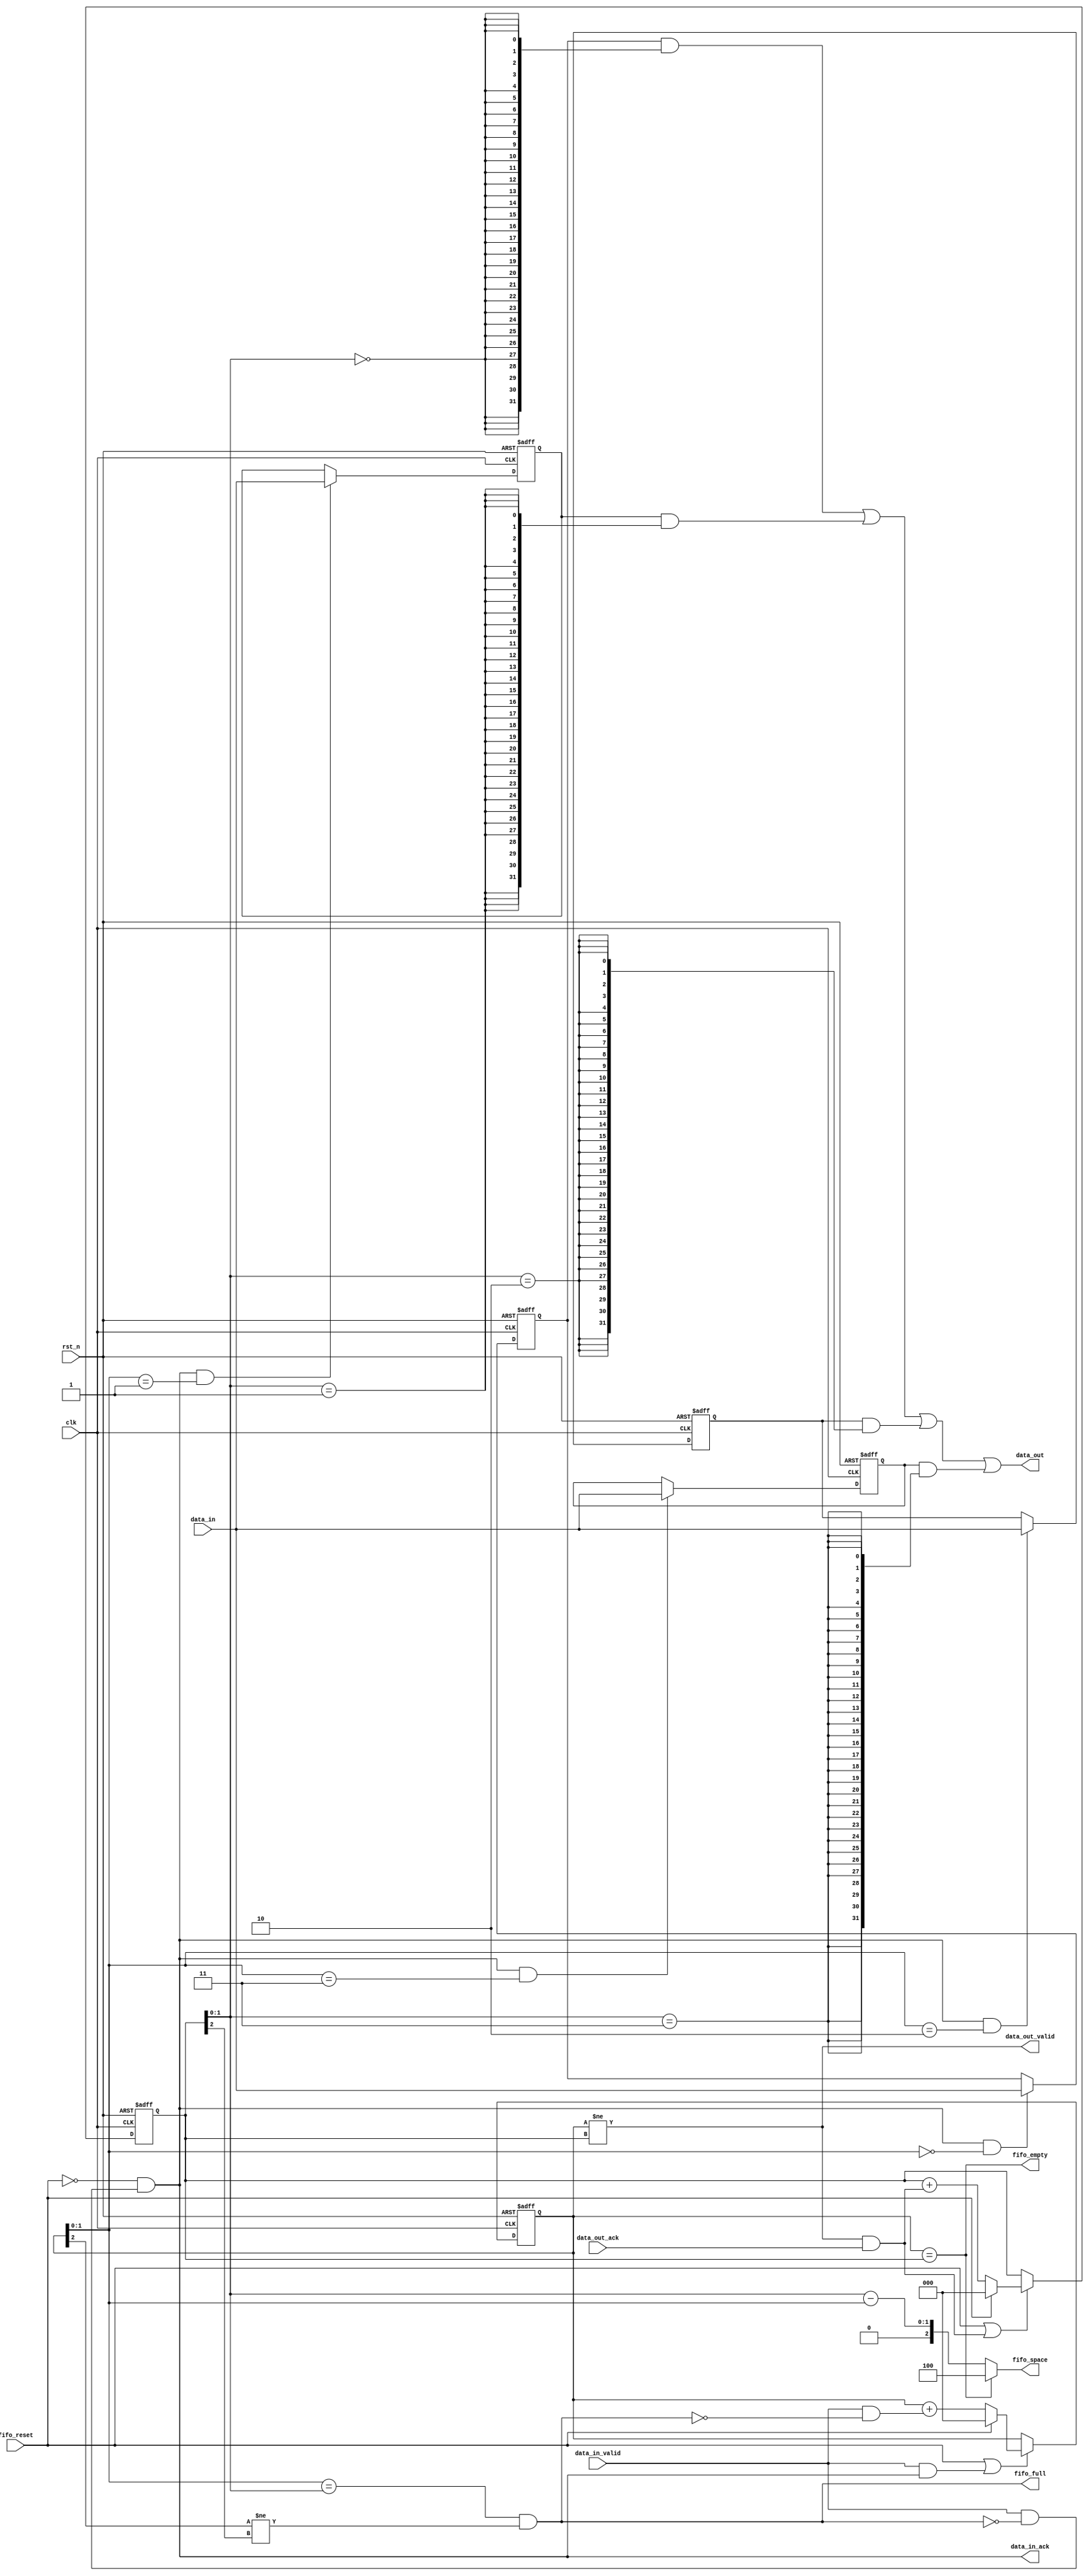
//-----------------------------------------------------------------------------
// The confidential and proprietary information contained in this file may
// only be used by a person authorised under and to the extent permitted
// by a subsisting licensing agreement from ARM Limited or its affiliates.
//
//        (C) COPYRIGHT 2013 ARM Limited or its affiliates.
//            ALL RIGHTS RESERVED
//
// This entire notice must be reproduced on all copies of this file
// and copies of this file may only be made by a person if such person is
// permitted to do so under the terms of a subsisting license agreement
// from ARM Limited or its affiliates.
//
// -----------------------------------------------------------------------------
//
//      SVN Information
//
//      Checked In          : $Date: 2013-04-05 11:54:17 +0100 (Fri, 05 Apr 2013) $
//
//      Revision            : $Revision: 242973 $
//
//      Release Information : CM3DesignStart-r0p0-01rel0
//
//-----------------------------------------------------------------------------
//-----------------------------------------------------------------------------
// Abstract : I2S interface - Simple 4 entries FIFO
//-----------------------------------------------------------------------------

module i2s_fifo_4 #(
  parameter WIDTH=32
  )
  (
  input   wire               clk,
  input   wire               rst_n,

  input   wire               fifo_reset,

  input   wire  [WIDTH-1:0]  data_in,
  input   wire               data_in_valid,
  output  wire               data_in_ack,
  output  wire               fifo_full,
  output  wire               fifo_empty,

  output  wire  [WIDTH-1:0]  data_out,
  output  wire               data_out_valid,
  input   wire               data_out_ack,

  output  wire   [2:0]       fifo_space
  );

  localparam ptr_w=3;

  reg   [ptr_w-1:0]  reg_wr_ptr;    // Write pointer
  reg   [ptr_w-1:0]  reg_rd_ptr;    // read pointer
  reg   [ptr_w:0]  nxt_wr_ptr;    // Write pointer
  reg   [ptr_w:0]  nxt_rd_ptr;    // read pointer

  reg   [WIDTH-1:0]  reg_buf0;      // FIFO registers
  reg   [WIDTH-1:0]  reg_buf1;
  reg   [WIDTH-1:0]  reg_buf2;
  reg   [WIDTH-1:0]  reg_buf3;

  //-----------------------------------------------
  // Write pointer
  always @(posedge clk or negedge rst_n)
  begin
  if (~rst_n)
    reg_wr_ptr <= {ptr_w{1'b0}};
  else if (fifo_reset | (data_in_valid & data_in_ack))
    reg_wr_ptr <= nxt_wr_ptr[ptr_w-1:0];
  end

  always @(reg_wr_ptr or fifo_reset or data_in_valid or fifo_full)
  begin
  if (fifo_reset)
    nxt_wr_ptr = {ptr_w+1{1'b0}};
  else
    // increment if (data_in_valid & ~fifo_full)
    nxt_wr_ptr = reg_wr_ptr + (data_in_valid & ~fifo_full);
  end

  //-----------------------------------------------
  // Read pointer
  always @(posedge clk or negedge rst_n)
  begin
  if (~rst_n)
    reg_rd_ptr <= {ptr_w{1'b0}};
  else if (fifo_reset | (data_out_valid & data_out_ack))
    reg_rd_ptr <= nxt_rd_ptr[ptr_w-1:0];
  end

  always @(reg_rd_ptr or fifo_reset or data_out_valid or data_out_ack)
  begin
  if (fifo_reset)
    nxt_rd_ptr = {ptr_w+1{1'b0}};
  else
    // increment if (data_out_valid & data_out_ack)
    nxt_rd_ptr = reg_rd_ptr + (data_out_valid & data_out_ack);
  end

  //-----------------------------------------------
  // FIFO control
  assign data_in_ack = ~fifo_reset & (data_in_valid & ~fifo_full);
  assign fifo_full   = (reg_wr_ptr[1:0]==reg_rd_ptr[1:0]) &
                       (reg_wr_ptr[2]  !=reg_rd_ptr[2]);
  assign fifo_empty  = (reg_wr_ptr[2:0]==reg_rd_ptr[2:0]);
  assign data_out_valid = (reg_wr_ptr[2:0]!=reg_rd_ptr[2:0]);

  wire [2:0] fifo_space_tmp = reg_rd_ptr[1:0] - reg_wr_ptr[1:0];

  assign fifo_space = (fifo_empty) ? 3'b100 :
                      {1'b0, fifo_space_tmp[1:0]};

  //-----------------------------------------------
  // FIFO data

  // Data #0
  always @(posedge clk or negedge rst_n)
  begin
  if (~rst_n)
    reg_buf0 <= {WIDTH{1'b0}};
  else if (data_in_ack & (reg_wr_ptr[1:0]==2'b00))
    reg_buf0 <= data_in;
  end

  // Data #1
  always @(posedge clk or negedge rst_n)
  begin
  if (~rst_n)
    reg_buf1 <= {WIDTH{1'b0}};
  else if (data_in_ack & (reg_wr_ptr[1:0]==2'b01))
    reg_buf1 <= data_in;
  end

  // Data #2
  always @(posedge clk or negedge rst_n)
  begin
  if (~rst_n)
    reg_buf2 <= {WIDTH{1'b0}};
  else if (data_in_ack & (reg_wr_ptr[1:0]==2'b10))
    reg_buf2 <= data_in;
  end

  // Data #3
  always @(posedge clk or negedge rst_n)
  begin
  if (~rst_n)
    reg_buf3 <= {WIDTH{1'b0}};
  else if (data_in_ack & (reg_wr_ptr[1:0]==2'b11))
    reg_buf3 <= data_in;
  end

  // Read mux
  assign data_out = (reg_buf0 & {WIDTH{(reg_rd_ptr[1:0]==2'b00)}}) |
                    (reg_buf1 & {WIDTH{(reg_rd_ptr[1:0]==2'b01)}}) |
                    (reg_buf2 & {WIDTH{(reg_rd_ptr[1:0]==2'b10)}}) |
                    (reg_buf3 & {WIDTH{(reg_rd_ptr[1:0]==2'b11)}}) ;

endmodule